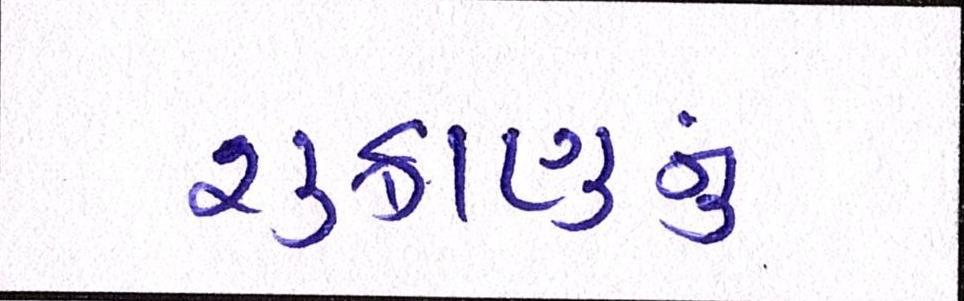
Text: શુક્રાણુનું